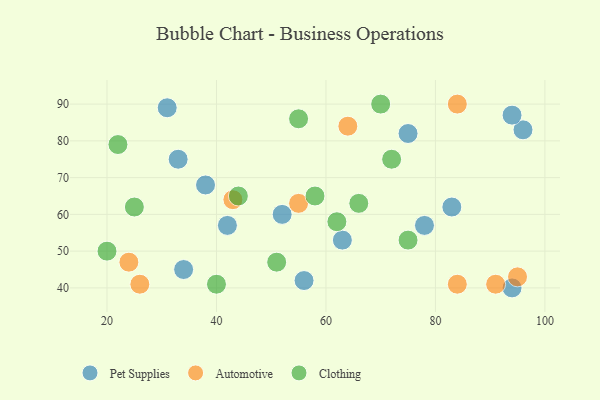
{"axis": {"x": "GDP", "y": "Life Expectancy"}, "legend": ["Automotive", "Clothing", "Pet Supplies"], "data": [{"x": "96", "y": 83, "type": "Pet Supplies"}, {"x": "38", "y": 68, "type": "Pet Supplies"}, {"x": "75", "y": 82, "type": "Pet Supplies"}, {"x": "83", "y": 62, "type": "Pet Supplies"}, {"x": "31", "y": 89, "type": "Pet Supplies"}, {"x": "33", "y": 75, "type": "Pet Supplies"}, {"x": "34", "y": 45, "type": "Pet Supplies"}, {"x": "52", "y": 60, "type": "Pet Supplies"}, {"x": "78", "y": 57, "type": "Pet Supplies"}, {"x": "42", "y": 57, "type": "Pet Supplies"}, {"x": "56", "y": 42, "type": "Pet Supplies"}, {"x": "94", "y": 87, "type": "Pet Supplies"}, {"x": "63", "y": 53, "type": "Pet Supplies"}, {"x": "94", "y": 40, "type": "Pet Supplies"}, {"x": "84", "y": 41, "type": "Automotive"}, {"x": "26", "y": 41, "type": "Automotive"}, {"x": "55", "y": 63, "type": "Automotive"}, {"x": "24", "y": 47, "type": "Automotive"}, {"x": "91", "y": 41, "type": "Automotive"}, {"x": "84", "y": 90, "type": "Automotive"}, {"x": "95", "y": 43, "type": "Automotive"}, {"x": "64", "y": 84, "type": "Automotive"}, {"x": "43", "y": 64, "type": "Automotive"}, {"x": "40", "y": 41, "type": "Clothing"}, {"x": "51", "y": 47, "type": "Clothing"}, {"x": "66", "y": 63, "type": "Clothing"}, {"x": "70", "y": 90, "type": "Clothing"}, {"x": "58", "y": 65, "type": "Clothing"}, {"x": "44", "y": 65, "type": "Clothing"}, {"x": "62", "y": 58, "type": "Clothing"}, {"x": "22", "y": 79, "type": "Clothing"}, {"x": "20", "y": 50, "type": "Clothing"}, {"x": "25", "y": 62, "type": "Clothing"}, {"x": "55", "y": 86, "type": "Clothing"}, {"x": "72", "y": 75, "type": "Clothing"}, {"x": "75", "y": 53, "type": "Clothing"}]}